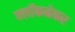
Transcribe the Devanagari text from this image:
क्लॉकमेकर